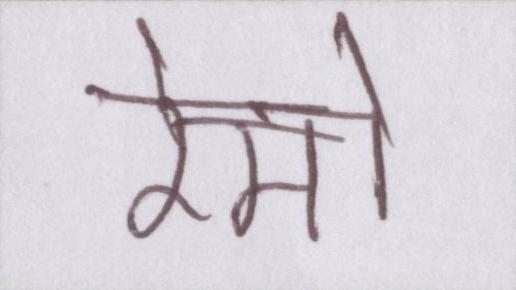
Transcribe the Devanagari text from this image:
रेमो